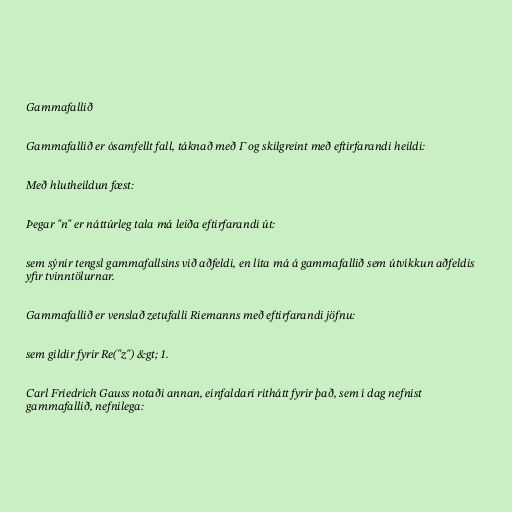
Gammafallið

Gammafallið er ósamfellt fall, táknað með Γ og skilgreint með eftirfarandi heildi:

Með hlutheildun fæst:

Þegar "n" er náttúrleg tala má leiða eftirfarandi út:

sem sýnir tengsl gammafallsins við aðfeldi, en líta má á gammafallið sem útvíkkun aðfeldis
yfir tvinntölurnar.

Gammafallið er venslað zetufalli Riemanns með eftirfarandi jöfnu:

sem gildir fyrir Re("z") &gt; 1.

Carl Friedrich Gauss notaði annan, einfaldari rithátt fyrir það, sem í dag nefnist
gammafallið, nefnilega: